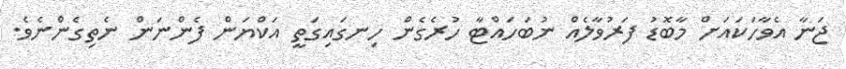
ޖަނާ އެވާހަކައަށް މާބޮޑު ފަރުވާލެއް ނުބަހައްޓާ ހުރެގެން ހިނގައިގަތީ އަކްޔަން ފެންނަން ނެތިގެންނެވެ.